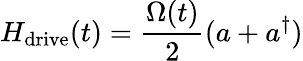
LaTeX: H_{\mathrm{drive}}(t)=\frac{\Omega(t)}{2}(a+a^{\dagger})